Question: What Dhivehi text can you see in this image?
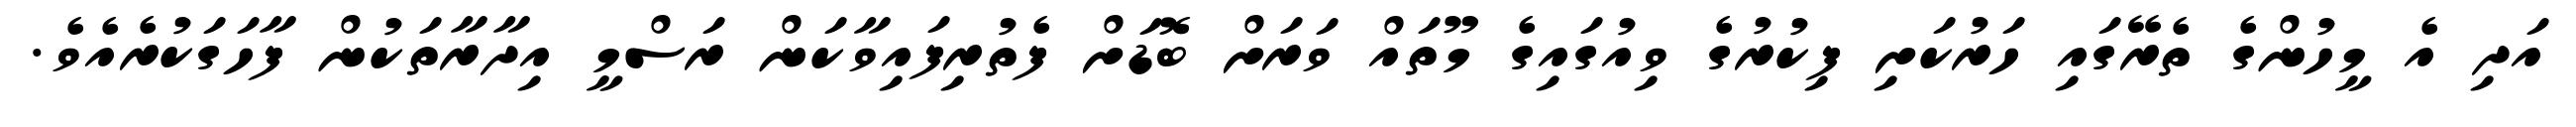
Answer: އަދި އެ މީހުންގެ ތެރޭގައި ހަރުކަށި ފިކުރުގެ ވިއުގައިގެ މޫތައް ވަރަށް ބޮޑަށް ފެތުރިފައިވާކަން ރަސްމީ އިދާރާތަކުން ފާހަގަކުރެއެވެ.